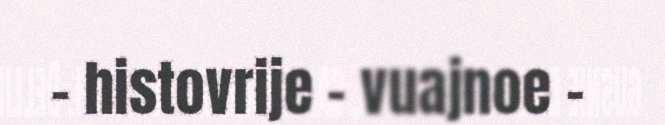
– histovrije – vuajnoe –